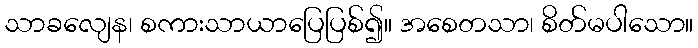
သာခလျေန၊ စကားသာယာပြေပြစ်၍။ အစေတသာ၊ စိတ်မပါသော။